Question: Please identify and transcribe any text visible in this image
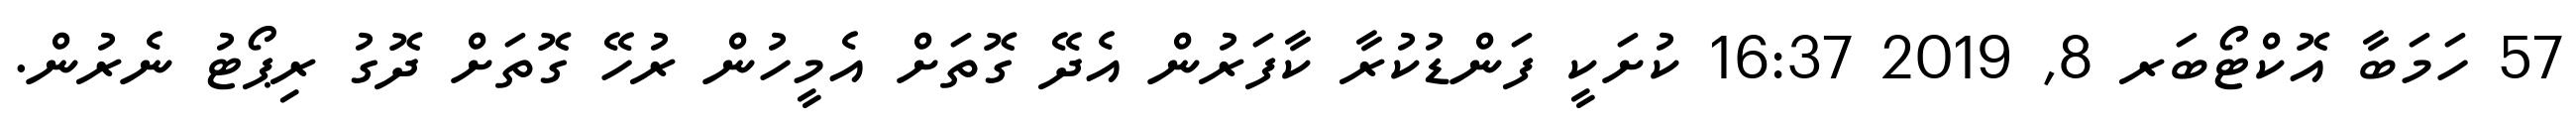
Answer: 57 ހަމަބާ އޮކްޓޯބަރ 8, 2019 16:37 ކުށަކީ ފަންޑުކުރާ ކާފަރުން އެދޭ ގޮތަށް އެމީހުން ރުހޭ ގޮތަށް ދޮގު ރިޕޯޓު ނެރުން.